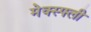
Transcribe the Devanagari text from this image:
मेक्स्फ्ली